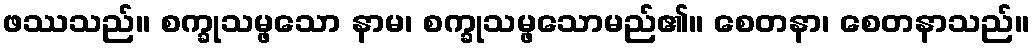
ဖဿသည်။ စက္ခုသမ္ဖသော နာမ၊ စက္ခုသမ္ဖသောမည်၏။ စေတနာ၊ စေတနာသည်။